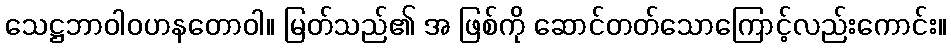
သေဋ္ဌဘာဝါဝဟနတောဝါ။ မြတ်သည်၏ အ ဖြစ်ကို ဆောင်တတ်သောကြောင့်လည်းကောင်း။